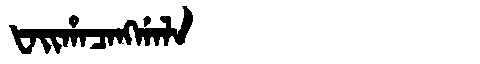
Manchu: ᡶᠠᡳᡥᠠᠴᠠᠩᡤᠠᠯᠠ
Romanization: FAIHACANGGALA